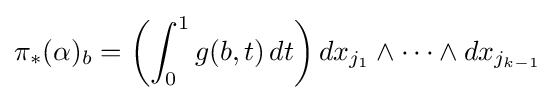
\pi _{*}(\alpha )_{b}=\left(\int _{0}^{1}g(b,t)\,dt\right)dx_{j_{1}}\wedge \cdots \wedge dx_{j_{k-1}}